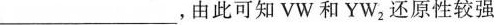
___，由此可知VW和YW_{2}还原性较强